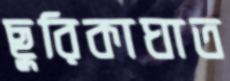
ছুরিকাঘাত